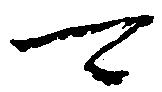
可